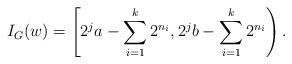
LaTeX: \begin{align*}I_G(w) = \left[2^j a - \sum_{i=1}^k 2^{n_i}, 2^j b - \sum_{i=1}^k 2^{n_i}\right).\end{align*}